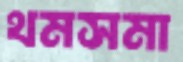
থমসমা